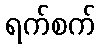
ရက်စက်